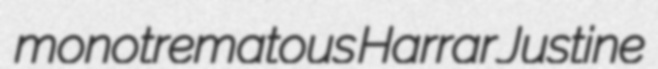
monotrematous Harrar Justine